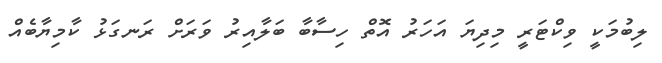
ލިބުމަކީ ވިކްޓަރީ މިދިޔަ އަހަރު އޮތް ހިސާބާ ބަލާއިރު ވަރަށް ރަނގަޅު ކާމިޔާބެއް